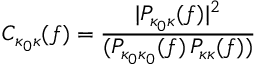
C _ { \kappa _ { 0 } \kappa } ( f ) = \frac { | P _ { \kappa _ { 0 } \kappa } ( f ) | ^ { 2 } } { ( P _ { \kappa _ { 0 } \kappa _ { 0 } } ( f ) \, P _ { \kappa \kappa } ( f ) ) }